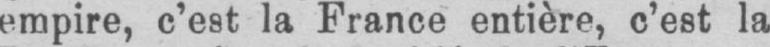
empire, c’est la France entière, c’est la